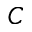
C